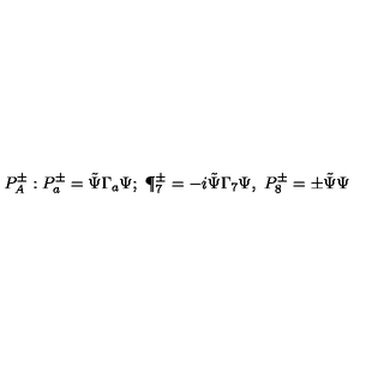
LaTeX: P _ { A } ^ { \pm } : P _ { a } ^ { \pm } = \tilde { \Psi } \Gamma _ { a } \Psi ; \ \P _ { 7 } ^ { \pm } = - i \tilde { \Psi } \Gamma _ { 7 } \Psi , \ P _ { 8 } ^ { \pm } = \pm \tilde { \Psi } \Psi